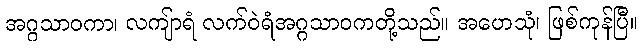
အဂ္ဂသာဝကာ၊ လကျ်ာရံ လက်ဝဲရံအဂ္ဂသာဝကတို့သည်။ အဟေသုံ၊ ဖြစ်ကုန်ပြီ။